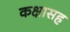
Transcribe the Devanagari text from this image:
कक्षासह